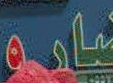
شادو